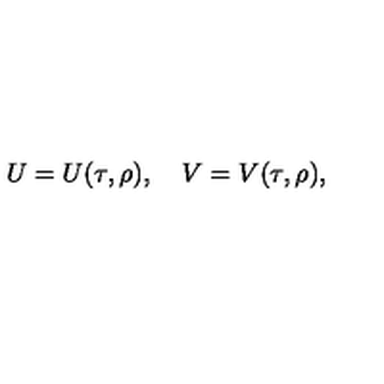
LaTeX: U = U ( \tau , \rho ) , \quad V = V ( \tau , \rho ) ,